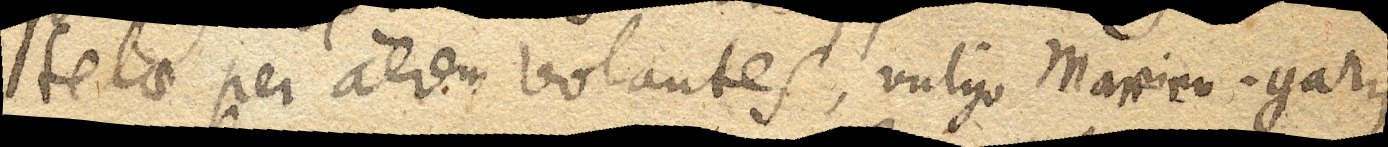
telae per aerem volantes, vulgo Marien-garn.